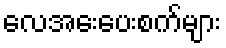
လေအေးပေးစက်များ